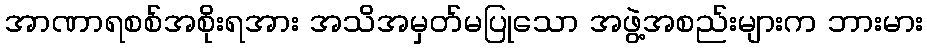
အာဏာရစစ်အစိုးရအား အသိအမှတ်မပြုသော အဖွဲ့အစည်းများက ဘားမား